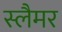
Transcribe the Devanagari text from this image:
स्लैमर